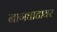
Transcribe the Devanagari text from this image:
नागघाटावर